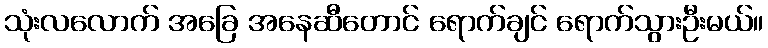
သုံးလလောက် အခြေ အနေဆီတောင် ရောက်ချင် ရောက်သွားဦးမယ်။